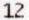
12